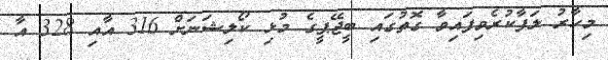
މިހާރު ލަފާކުރެވިފައިވާ ގޮތުގައި ބީޖޭޕީގެ މުޅި ކޯލިޝަނަށް 316 އާއި 328 އާ